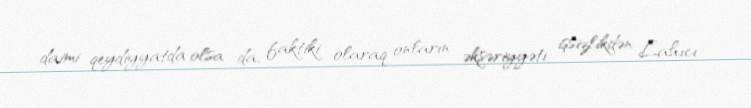
daimi qeydiyyatda olsa da, faktiki olaraq onların əksəriyyəti işsizlikdən Lahıcı